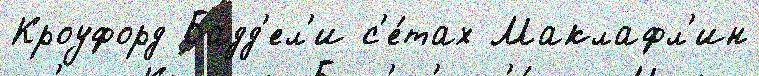
Кроуфорд Бадд'ел'и с'е́тах Маклафл'ин